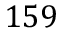
1 5 9